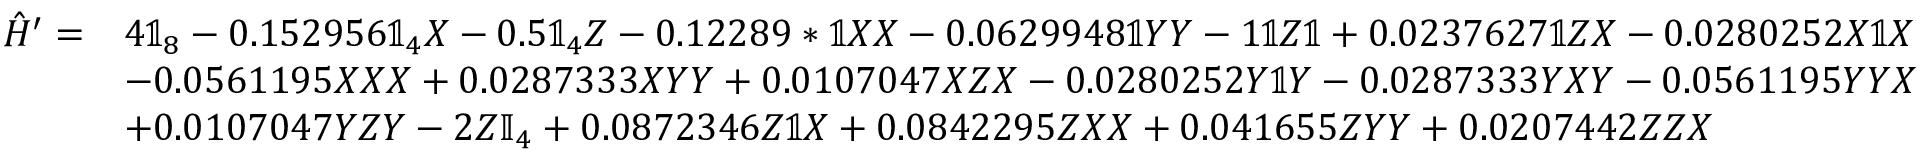
\begin{array} { r l } { \hat { H } ^ { \prime } = } & { 4 \mathbb { 1 } _ { 8 } - 0 . 1 5 2 9 5 6 \mathbb { 1 } _ { 4 } X - 0 . 5 \mathbb { 1 } _ { 4 } Z - 0 . 1 2 2 8 9 * \mathbb { 1 } X X - 0 . 0 6 2 9 9 4 8 \mathbb { 1 } Y Y - 1 \mathbb { 1 } Z \mathbb { 1 } + 0 . 0 2 3 7 6 2 7 \mathbb { 1 } Z X - 0 . 0 2 8 0 2 5 2 X \mathbb { 1 } X } \\ & { - 0 . 0 5 6 1 1 9 5 X X X + 0 . 0 2 8 7 3 3 3 X Y Y + 0 . 0 1 0 7 0 4 7 X Z X - 0 . 0 2 8 0 2 5 2 Y \mathbb { 1 } Y - 0 . 0 2 8 7 3 3 3 Y X Y - 0 . 0 5 6 1 1 9 5 Y Y X } \\ & { + 0 . 0 1 0 7 0 4 7 Y Z Y - 2 Z \mathbb { I } _ { 4 } + 0 . 0 8 7 2 3 4 6 Z \mathbb { 1 } X + 0 . 0 8 4 2 2 9 5 Z X X + 0 . 0 4 1 6 5 5 Z Y Y + 0 . 0 2 0 7 4 4 2 Z Z X } \end{array}